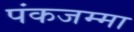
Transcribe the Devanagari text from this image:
पंकजम्मा